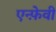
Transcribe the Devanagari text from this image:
एन्फ़ेवी